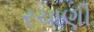
રચાણી